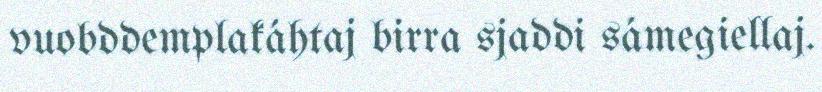
vuobddemplakáhtaj birra sjaddi sámegiellaj.